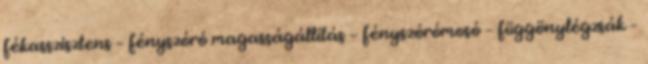
fékasszisztens – fényszóró magasságállítás – fényszórómosó – függönylégzsák –